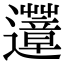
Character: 𨙏